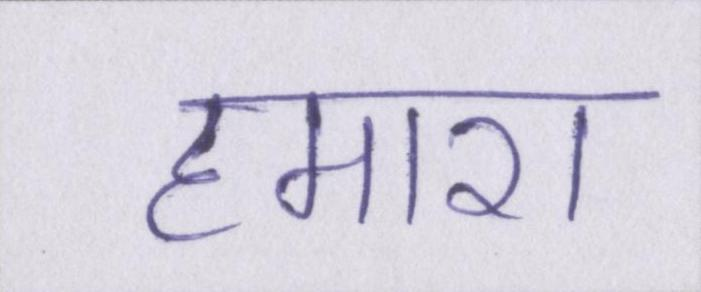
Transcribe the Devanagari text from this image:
हमारा